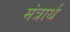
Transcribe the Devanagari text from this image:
मंत्रार्थ